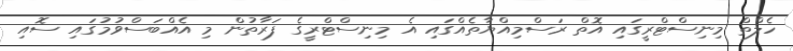
ހެލްތް މިނިސްޓްރީގައި އޮތް ރަސްމިއްޔާތެއްގައި އެ މިނިސްޓްރީގެ ފަރާތުން މި އެއްބަސްވުމުގައި ސޮއި